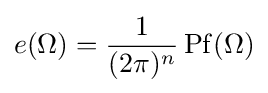
e(\Omega )={\frac {1}{(2\pi )^{n}}}\operatorname {Pf} (\Omega )